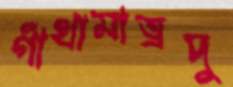
গাঁথামাত্রদু